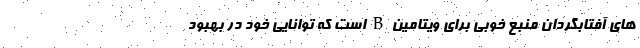
های آفتابگردان منبع خوبی برای ویتامین B است که توانایی خود در بهبود